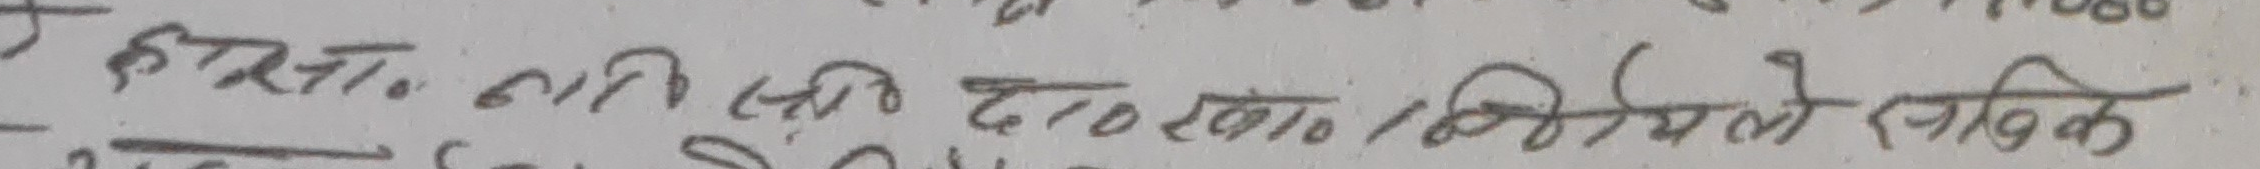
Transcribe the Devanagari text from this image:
कास्त्रा० लावि शिदि दा० खा० शिमिले रखिके